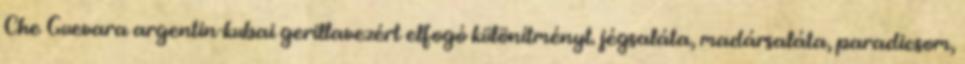
Che Guevara argentin-kubai gerillavezért elfogó különítményt. jégsaláta, madársaláta, paradicsom,